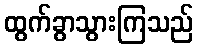
ထွက်ခွာသွားကြသည်